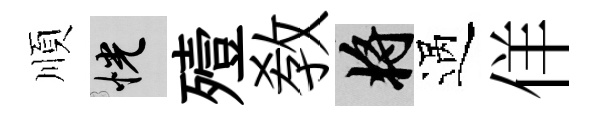
順恍殪敎將過佯